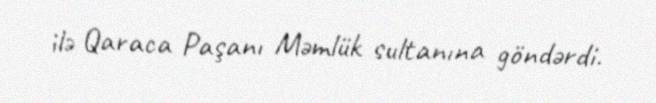
ilə Qaraca Paşanı Məmlük sultanına göndərdi.